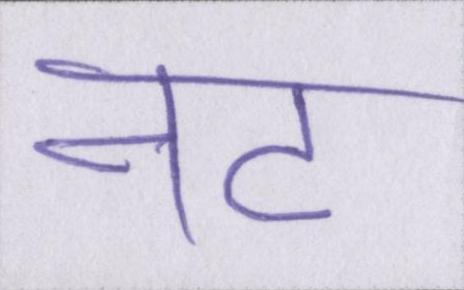
नट